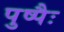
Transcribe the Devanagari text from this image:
पुष्पैः